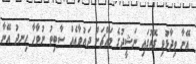
އޭނާ ވިދާޅުވި ގޮތުގައި ނަޝީދުގެ މައްޗަށް ދައުވާއެއް ސާބިތު ނުވާހާ ހިނދު އޭނާ